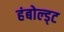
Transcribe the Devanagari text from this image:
हंबोल्ड्ट